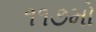
૧૧૭મો